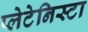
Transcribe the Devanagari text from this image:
प्‍लेटेनिस्‍टा